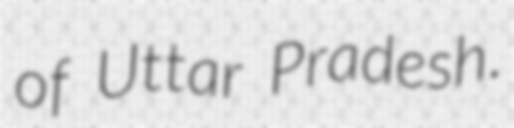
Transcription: of Uttar Pradesh.